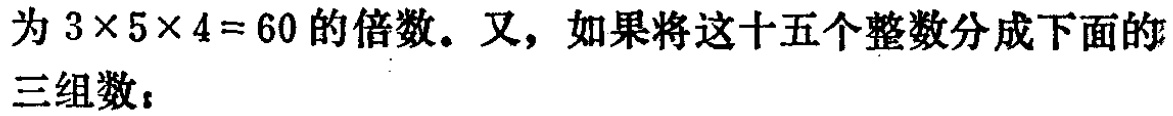
为 \(3\times5\times4 = 60\) 的倍数。又，如果将这十五个整数分成下面的三组数：